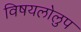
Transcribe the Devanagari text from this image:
विषयलोलुप